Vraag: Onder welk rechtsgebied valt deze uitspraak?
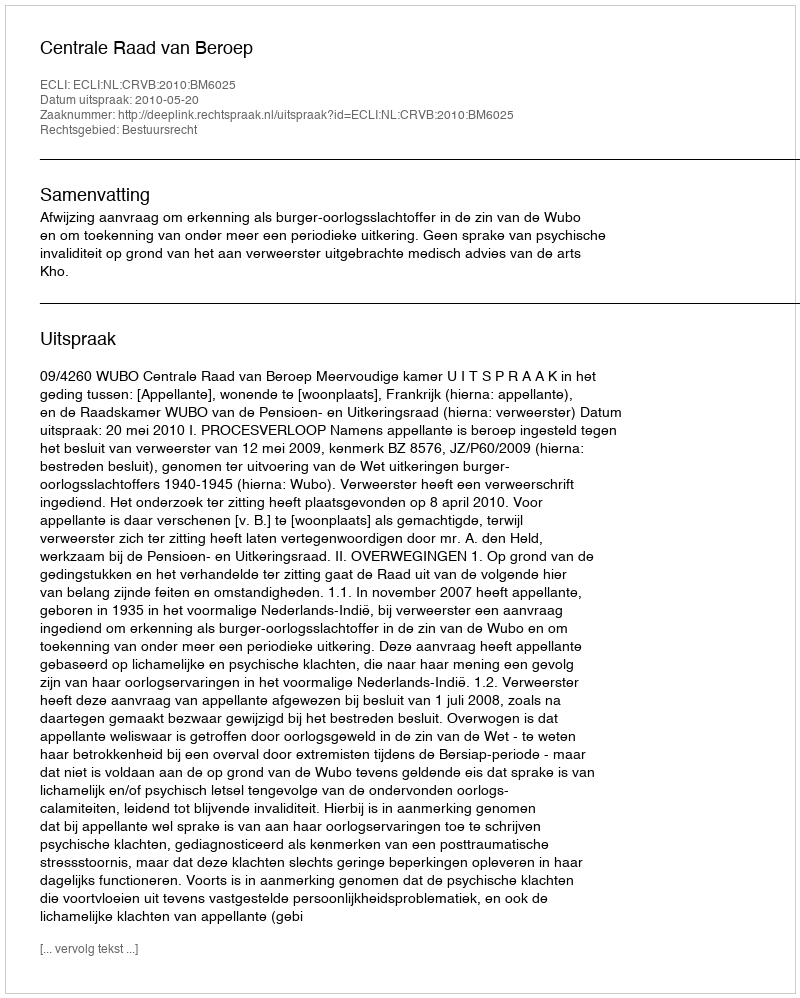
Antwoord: Bestuursrecht